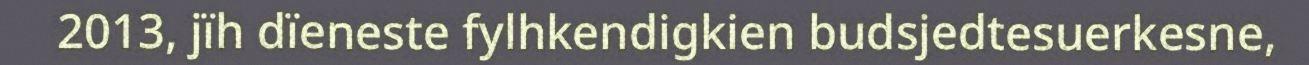
2013, jïh dïeneste fylhkendigkien budsjedtesuerkesne,